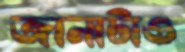
জানাটাও